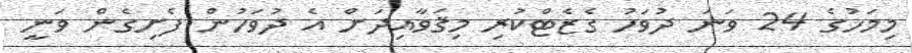
މިމަހުގެ 24 ވަނަ ދުވަހު ގެޒެޓްކުރި މިޤަވާއިދަށް އެ ދުވަހުން ފެށިގެން ވަނީ